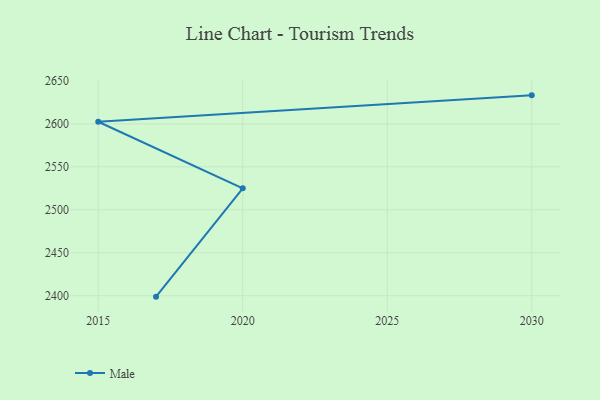
{"axis": {"x": "Year", "y": "Net Income (USD K)"}, "legend": ["Male"], "data": [{"x": "2017", "y": 2398.9, "type": "Male"}, {"x": "2020", "y": 2525.0, "type": "Male"}, {"x": "2015", "y": 2602.5, "type": "Male"}, {"x": "2030", "y": 2633.2, "type": "Male"}]}